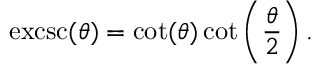
\operatorname { e x c s c } ( \theta ) = \cot ( \theta ) \cot \left( { \frac { \theta } { 2 } } \right) .